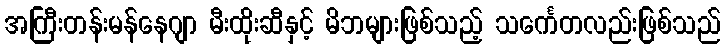
အကြီးတန်းမန်နေဂျာ မီးထိုးဆီနှင့် မိဘများဖြစ်သည့် သင်္ကေတလည်းဖြစ်သည်